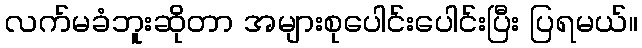
လက်မခံဘူးဆိုတာ အများစုပေါင်းပေါင်းပြီး ပြရမယ်။